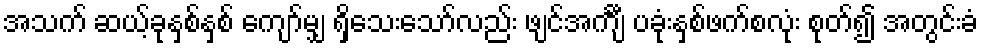
အသက် ဆယ့်ခုနှစ်နှစ် ကျော်မျှ ရှိသေးသော်လည်း ဖျင်အင်္ကျီ ပခုံးနှစ်ဖက်စလုံး စုတ်၍ အတွင်းခံ